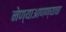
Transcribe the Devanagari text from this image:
नेण्याआणण्याचा